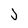
Character: j